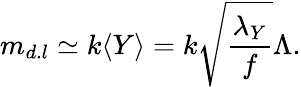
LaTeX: m_{d.l}\simeq k\langle Y\rangle=k\sqrt{\frac{\lambda_{Y}}{f}}\Lambda.